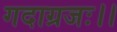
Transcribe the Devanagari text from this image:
गदाग्रजः।।